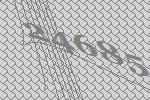
24685